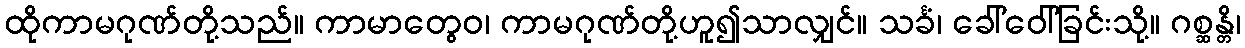
ထိုကာမဂုဏ်တို့သည်။ ကာမာတွေဝ၊ ကာမဂုဏ်တို့ဟူ၍သာလျှင်။ သင်္ခံ၊ ခေါ်ဝေါ်ခြင်းသို့။ ဂစ္ဆန္တိ၊